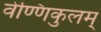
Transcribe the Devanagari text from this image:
वेण्णिकुलम्